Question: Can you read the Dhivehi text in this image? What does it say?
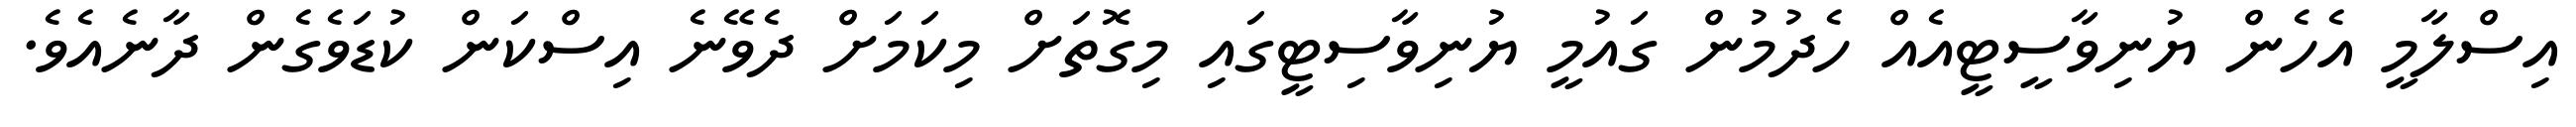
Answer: އިސްލާމީ އެހެން ޔުނިވާސީޓީއެއް ހެދުމުން ގައުމީ ޔުނިވާސިޓީގައި މިގޮތަށް މިކަމަށް ދެވޭނެ އިސްކަން ކުޑަވެގެން ދާނެއެވެ.